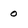
Character: 0